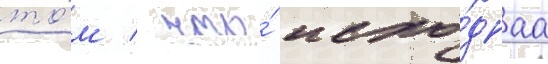
то́м / что́ исхо́днаа